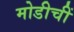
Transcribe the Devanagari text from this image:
मोडीचीं